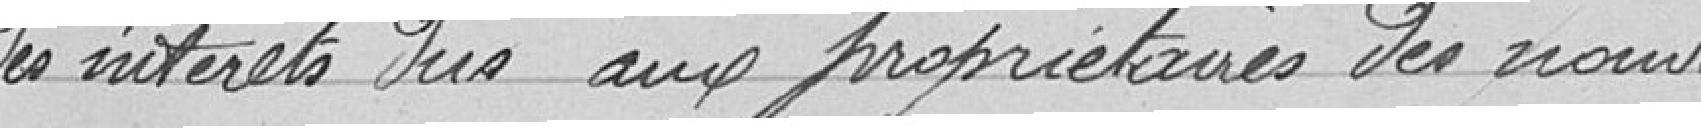
des interets dus aux propriétaires des nouvelles